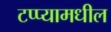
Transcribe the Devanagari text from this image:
टप्प्यामधील